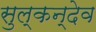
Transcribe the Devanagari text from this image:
सुल्कन्देव